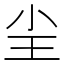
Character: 𡭤